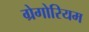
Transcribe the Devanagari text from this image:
ग्रेगोरियम